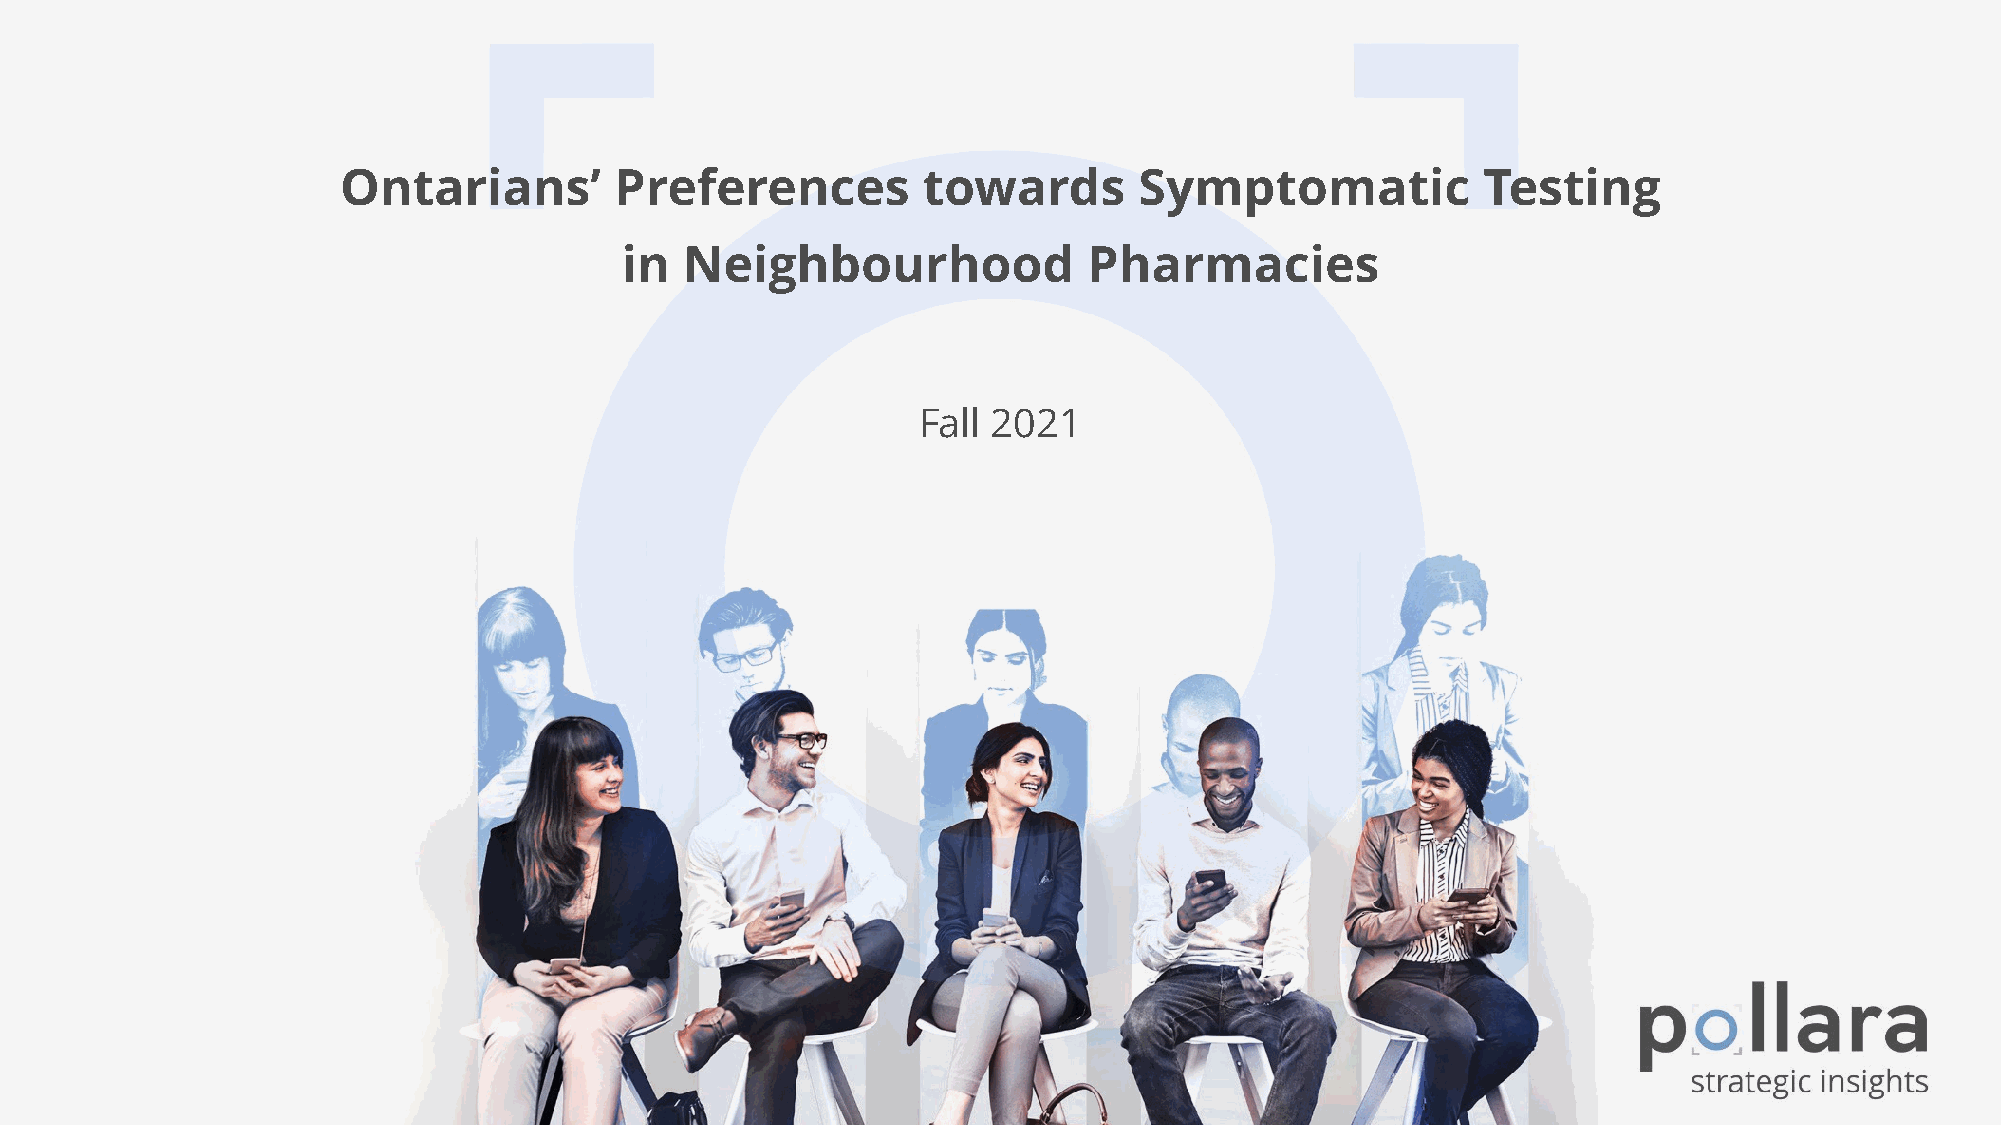
Ontarians’         Preferences         towards       Symptomatic            Testing
 in  Neighbourhood              Pharmacies
 Fall 2021